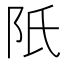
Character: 𨸝